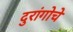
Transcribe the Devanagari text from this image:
दुरांगोचे